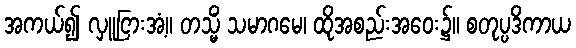
အကယ်၍ လှူငြားအံ့။ တသ္မိံ သမာဂမေ၊ ထိုအစည်းအဝေး၌။ စတုပ္ပဒိကာယ